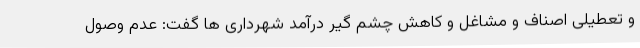
و تعطیلی اصناف و مشاغل و کاهش چشم گیر درآمد شهرداری ها گفت: عدم وصول